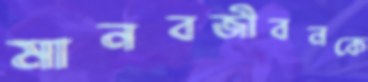
মানবজীবনকে